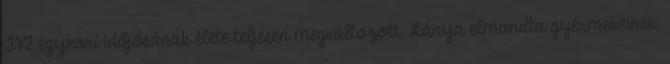
TV2 egy­kori idő­jó­sá­nak élete tel­je­sen meg­vál­to­zott. Lánya el­mondta gyer­me­ke­i­nek,